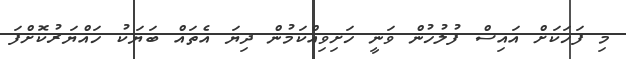
މި ފަހަކަށް އައިސް ފުލުހުން ވަނީ ހަށިވިއްކަމުން ދިޔަ އެތައް ބަޔަކު ހައްޔަރުކޮށްފަ